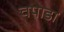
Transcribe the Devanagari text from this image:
चपाडा